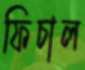
ফিচাল